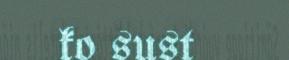
ko sust